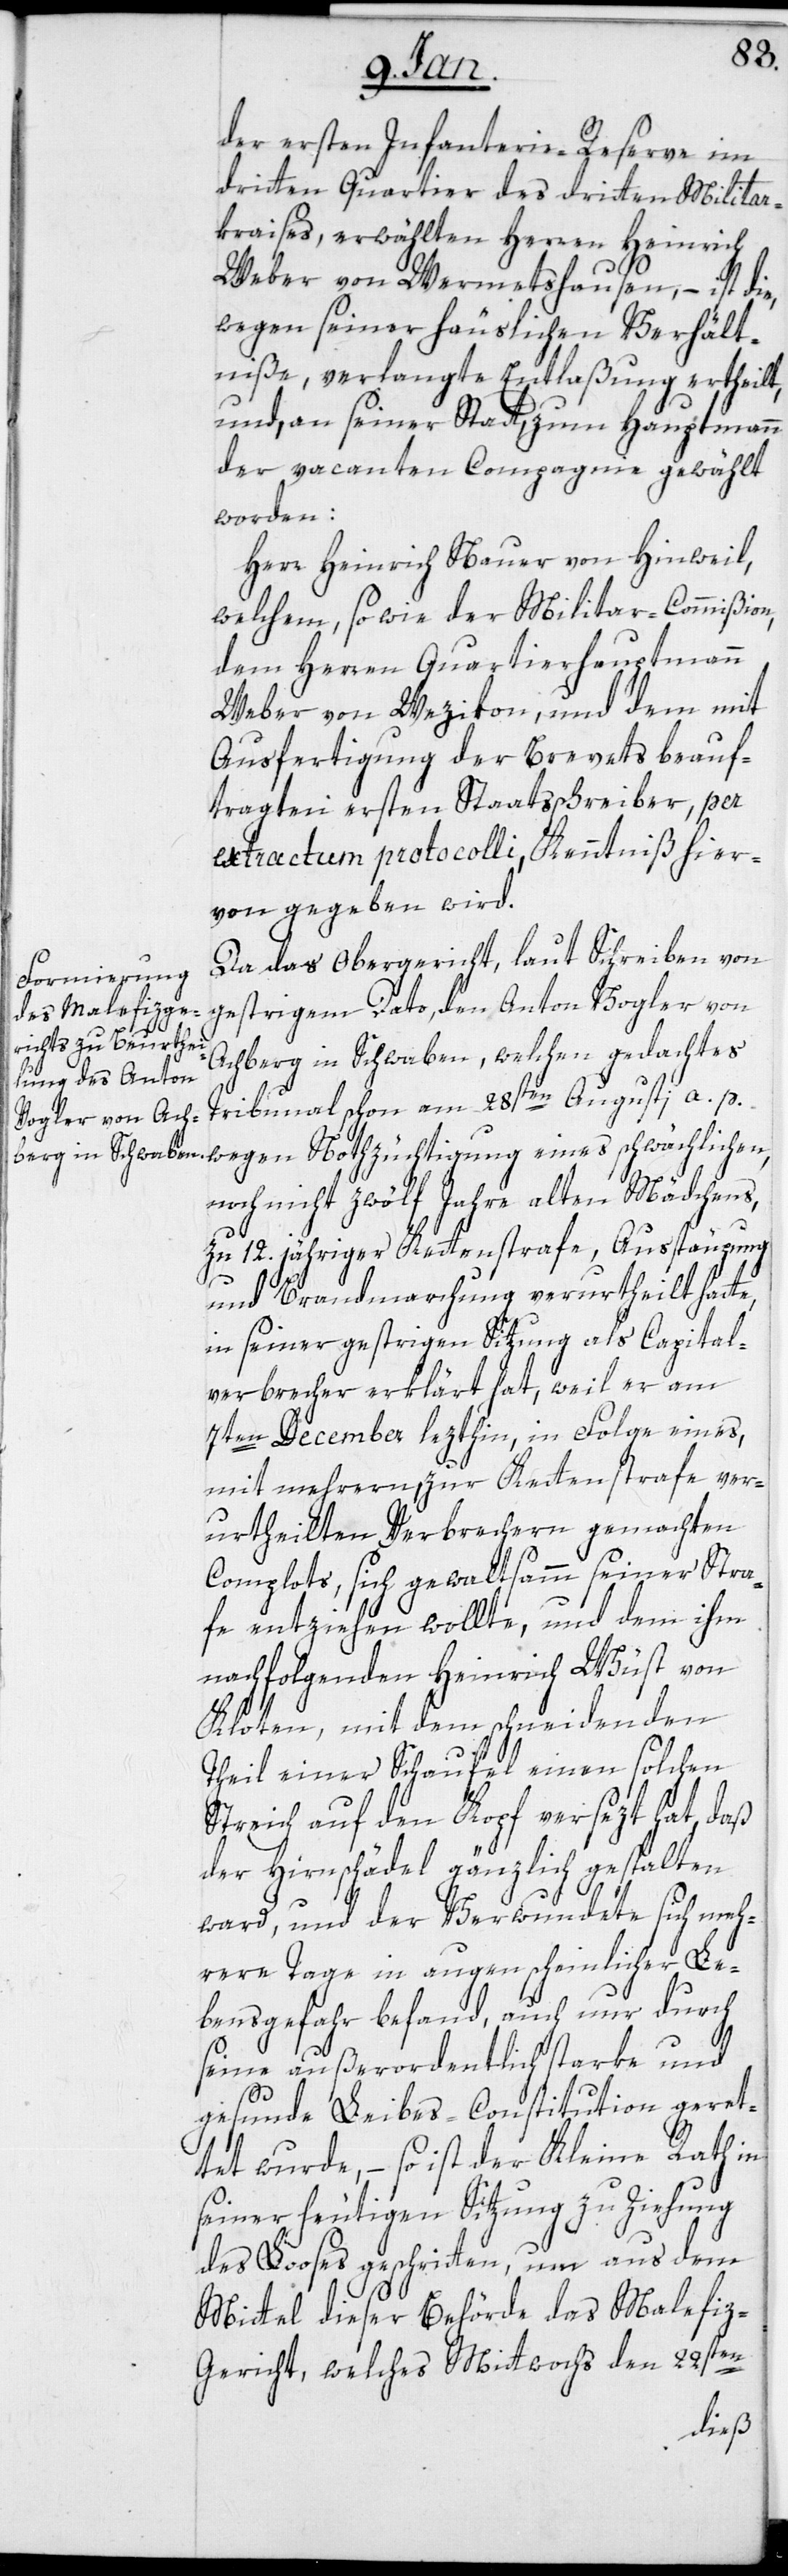
der ersten Infanterie-Reserve im
dritten Quartier des dritten Militar¬
kraises, erwählten Herren Heinrich
Weber von Wermetshausen, – ist die,
wegen seiner häuslichen Verhält¬
niße, verlangte Entlaßung ertheilt,
und, an seiner Statt, zum Hauptmann
der vacanten Compagnie gewählt
worden:
Herr Heinrich Nauer von Hinweil,
welchem, so wie der Militar-Commißion,
dem Herren Quartierhauptmann
Weber von Wezikon, und dem mit
Ausfertigung der Brevets beauf¬
tragten ersten Staatsschreiber, per
extractum protocolli, Kenntniß hier¬
von gegeben wird.
Da das Obergericht, laut Schreiben von
gestrigem Dato, den Anton Vogler von
Achberg in Schwaben, welchen gedachtes
Tribunal schon am 28sten Augusti a. p.
noch nicht zwölf Jahre alten Mädchens,
zu 12. jähriger Kettenstrafe, Ausstäupung
und Brandmarchung verurtheilt hatte,
in seiner gestrigen Sitzung als Capital¬
verbrecher erklärt hat, weil er am
7ten December letzthin, in Folge eines,
mit mehrern zur Kettenstrafe ver¬
urtheilten Verbrechern gemachten
Complots, sich gewaltsamm seiner Stra¬
fe entziehen wollte, und dem ihm
nachfolgenden Heinrich Wüst von
Kloten, mit dem schneidenden
Theil einer Schaufel einen solchen
Streich auf den Kopf versezt hat, daß
der Hirnschädel gänzlich gespalten
ward, und der Verwundete sich meh¬
rere Tage in augenscheinlicher Le¬
bensgefahr befand, auch nur durch
seine außerordentlich starke und
gesunde Leibes-Constitution geret¬
tet wurde, – so ist der kleine Rath in
seiner heutigen Sitzung zu Ziehung
des Looses geschritten, um aus dem
Mittel dieser Behörde das Malefiz¬
ten
eines
gericht, welches Mittwochs den 22s¬